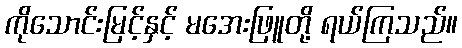
ကိုသောင်းမြင့်နှင့် မအေးဖြူတို့ ရယ်ကြသည်။